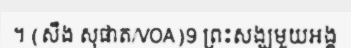
។ (សឹង សុផាត/VOA)9 ព្រះសង្ឃមួយអង្គ